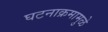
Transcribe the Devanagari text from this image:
घटनाक्रमामुळे